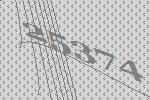
25374